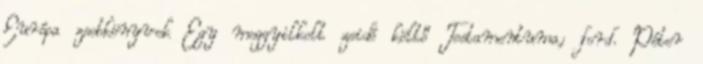
Európa zsebkönyvek Egy meggyilkolt zsidó költő Testamentuma; ford. Péter